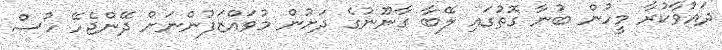
ދައުވާކުރާ މީހުން ބުނާ ގޮތުގައި ލޭބާ ގާނޫނުގެ ދަށުން މުވައްޒަފުންނަށް ދޭންޖެހޭ ހުސް